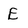
Character: E